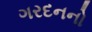
ગરદનનો